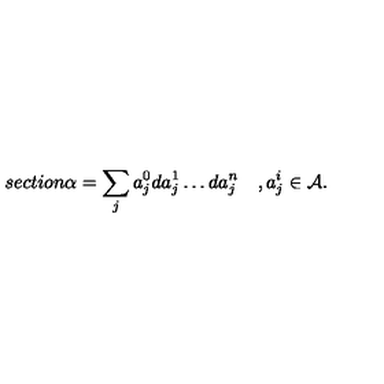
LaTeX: { s e c t i o n } \alpha = \sum _ { j } a _ { j } ^ { 0 } d a _ { j } ^ { 1 } \dots d a _ { j } ^ { n } \quad , a _ { j } ^ { i } \in { \cal A } .